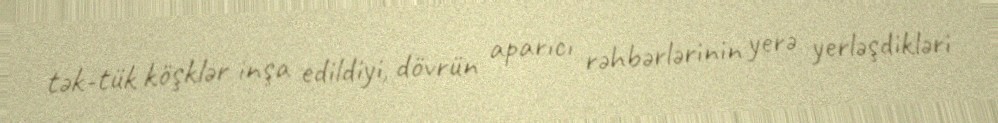
tək-tük köşklər inşa edildiyi, dövrün aparıcı rəhbərlərinin yerə yerləşdikləri